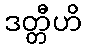
ဒတ္တီဟိ